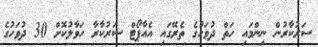
ސަރުކާރުން ނިންމައި ހަތް ދުވަހުގެ ތެރޭގައި އެއާޕޯޓް ސަރުކާރާ ހަވާލުކޮށް 30 ދުވަހުގެ